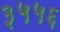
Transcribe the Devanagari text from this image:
३५५६